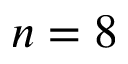
n = 8